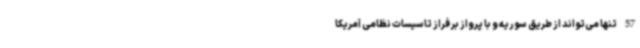
57 تنها می‌تواند از طریق سوریه و با پرواز بر فراز تاسیسات نظامی آمریکا